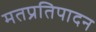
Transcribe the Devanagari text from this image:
मतप्रतिपादन